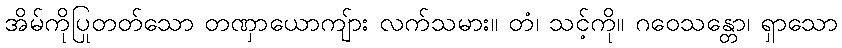
အိမ်ကိုပြုတတ်သော တဏှာယောကျ်ား လက်သမား။ တံ၊ သင့်ကို။ ဂဝေသန္တော၊ ရှာသော